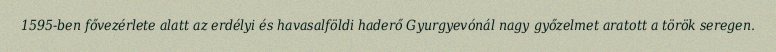
1595-ben fővezérlete alatt az erdélyi és havasalföldi haderő Gyurgyevónál nagy győzelmet aratott a török seregen.